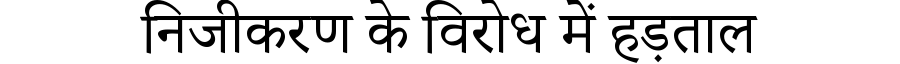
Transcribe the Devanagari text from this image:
निजीकरण के विरोध में हड़ताल